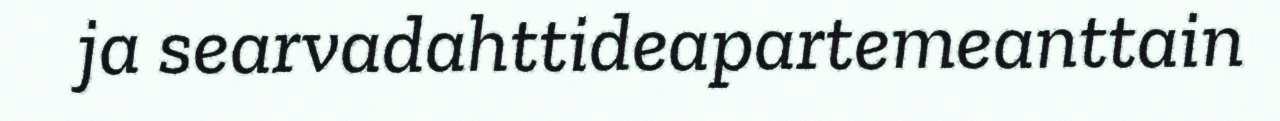
ja searvadahttideapartemeanttain